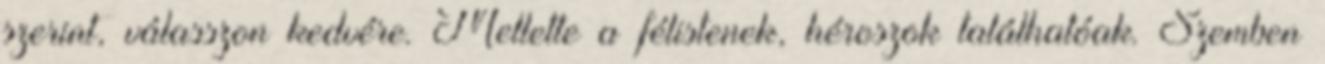
szerint, válasszon kedvére. Mellette a félistenek, héroszok találhatóak. Szemben